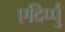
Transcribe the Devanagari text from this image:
एदिर्प्पु